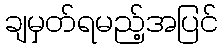
ချမှတ်ရမည့်အပြင်